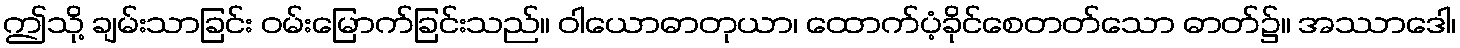
ဤသို့ ချမ်းသာခြင်း ဝမ်းမြောက်ခြင်းသည်။ ဝါယောဓာတုယာ၊ ထောက်ပံ့ခိုင်စေတတ်သော ဓာတ်၌။ အဿာဒေါ၊